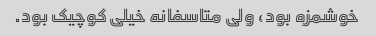
خوشمزه بود، ولی متاسفانه خیلی کوچیک بود.